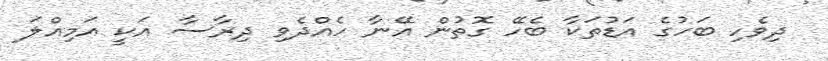
ދިވެހި ބަހުގެ އަޑުތަކާ ބެހޭ ގޮތުން އޭނާ ހެއްދެވި ދިރާސާ އަކީ އަމިއްލަ